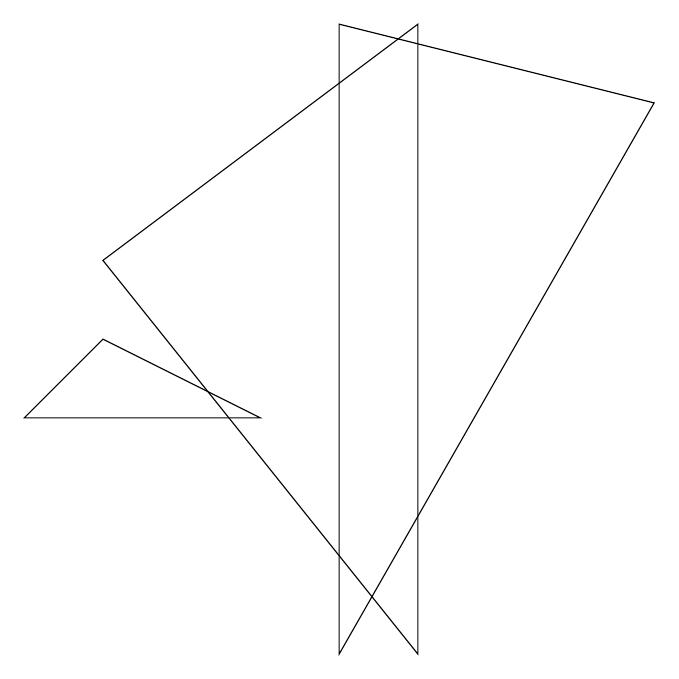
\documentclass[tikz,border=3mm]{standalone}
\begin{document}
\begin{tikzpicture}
\draw (4,3) -- (1,3) -- (2,4) -- cycle;
\draw (6,0) -- (2,5) -- (6,8) -- cycle;
\draw (9,7) -- (5,8) -- (5,0) -- cycle;
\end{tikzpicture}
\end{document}